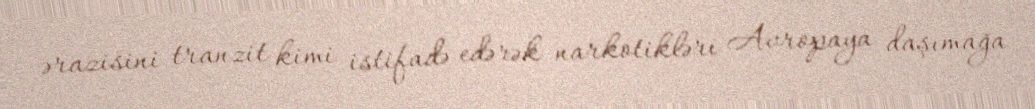
ərazisini tranzit kimi istifadə edərək narkotikləri Avropaya daşımağa